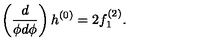
\left( \frac { d } { \phi d \phi } \right) h ^ { ( 0 ) } = 2 f _ { 1 } ^ { ( 2 ) } .